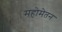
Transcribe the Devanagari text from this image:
महोमेतन